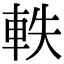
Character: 軼